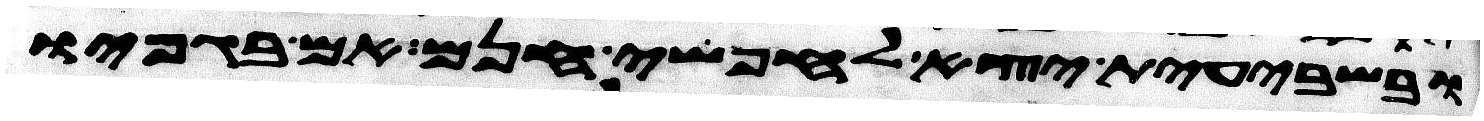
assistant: ובשבעית יצא לחפשי חנם אם בגפיו